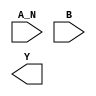
module sky130_fd_sc_hs__nand2b (
    //# {{data|Data Signals}}
    input  A_N,
    input  B  ,
    output Y
);

    // Voltage supply signals
    supply1 VPWR;
    supply0 VGND;

endmodule